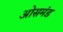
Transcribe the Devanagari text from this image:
ओसमंड